Leprosy in India: report of the Leprosy Commission in India, 1890-91
Year: 1890
Disease focus: Leprosy
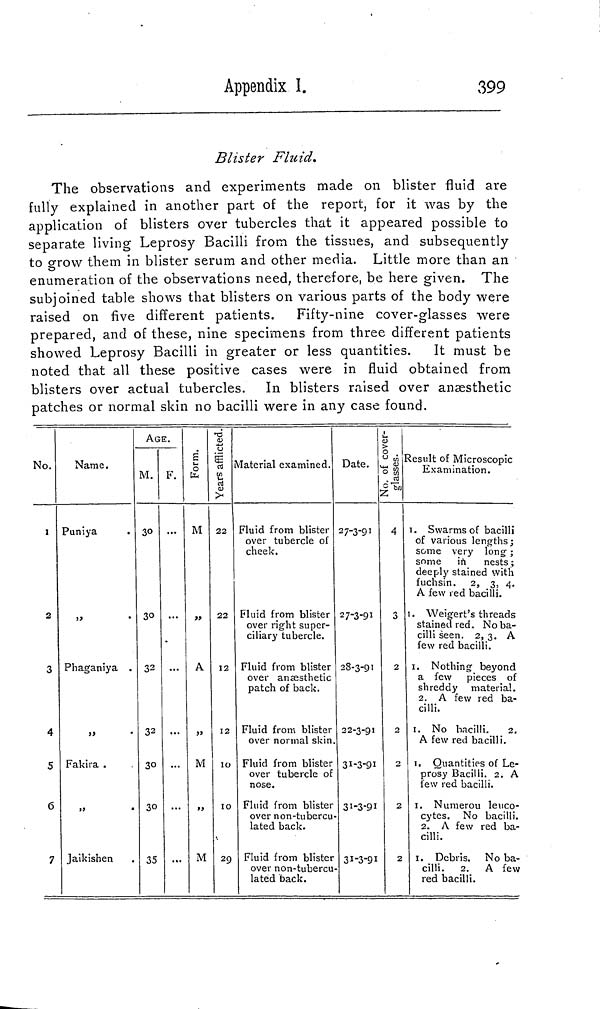
Appendix I.
399
Blister Fluid.
The observations and experiments made on blister fluid are
fully explained in another part of the report, for it was by the
application of blisters over tubercles that it appeared possible to
separate living Leprosy Bacilli from the tissues, and subsequently
to grow them in blister serum and other media. Little more than an
enumeration of the observations need, therefore, be here given. The
subjoined table shows that blisters on various parts of the body were
raised on five different patients. Fifty-nine cover-glasses were
prepared, and of these, nine specimens from three different patients
showed Leprosy Bacilli in greater or less quantities. It must be
noted that all these positive cases were in fluid obtained from
blisters over actual tubercles. In blisters raised over anaesthetic
patches or normal skin no bacilli were in any case found.
No.
1
2
3
4
5
6
7
Name.
Puniya
,,
Phaganiya
,,
Fakira
Jaikishen
AGE.
M.
30
30
32
32
30
30
35
F.
...
...
Form
M
»
A
5>
M
>>
M
Years afflicted.
22
22
12
12
10
10
29
Material examined.
Fluid from blister
over tubercle of
cheek.
Fluid from blister
over right super-
ciliary tubercle.
Fluid from blister
over anaesthetic
patch of back.
Fluid from blister
over normal skin.
Fluid from blister
over tubercle of
nose.
Fluid from blister
over non-tubercu-
lated back-
Fluid from blister
over non-tubercu-
lated back.
Date.
27-3-91
27-3-91
28-3-91
22-3-91
31-3-91
31-3-91
31-3-91
No. of cover glasses.
4
3
2
2
2
2
2
Result of Microscopic
Examination.
1. Swarms of bacilli
of various lengths;
some very long ;
some in
nests ;
deeply stained with
fuchsin. 2, 3, 4.
A few red bacilli.
1. Weigert's threads
stained red. No ba-
cilli seen. 2, 3. A
few red bacilli.
1. Nothing beyond
a few pieces of
shreddy material.
2. A few red ba-
cilli.
1. No bacilli.
2.
A few red bacilli.
1. Quantities of Le-
prosy Bacilli. 2. A
few red bacilli.
1. Numerou leuco-
cytes. No bacilli.
2. A few red ba-
cilli.
1. Debris. No ba-
cilli. 2. A few
red bacilli.